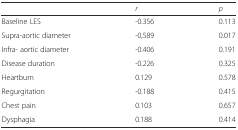
<table><thead><tr><td></td><td><b><i>r</i></b></td><td><b><i>p</i></b></td></tr></thead><tbody><tr><td>Baseline LES</td><td>-0.356</td><td>0.113</td></tr><tr><td>Supra-aortic diameter</td><td>-0,589</td><td>0.017</td></tr><tr><td>Infra- aortic diameter</td><td>-0.406</td><td>0.191</td></tr><tr><td>Disease duration</td><td>-0.226</td><td>0.325</td></tr><tr><td>Heartburn</td><td>0.129</td><td>0.578</td></tr><tr><td>Regurgitation</td><td>-0.188</td><td>0.415</td></tr><tr><td>Chest pain</td><td>0.103</td><td>0.657</td></tr><tr><td>Dysphagia</td><td>0.188</td><td>0.414</td></tr></tbody></table>